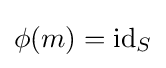
\phi (m)={\text{id}}_{S}